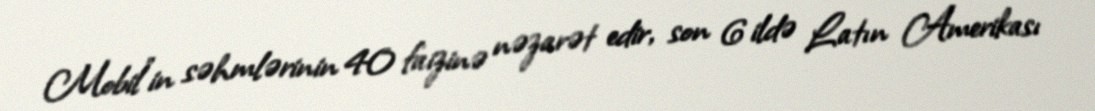
Mobil”in səhmlərinin 40 faizinə nəzarət edir, son 6 ildə Latın Amerikası